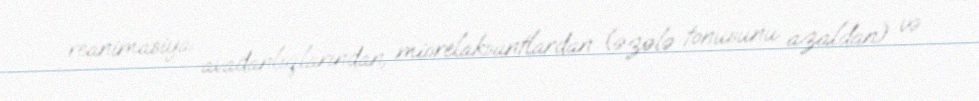
reanimasiya avadanlıqlarından, miorelaksantlardan (əzələ tonusunu azaldan) və